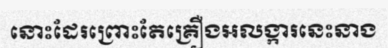
នោះដែរព្រោះតែគ្រឿងអលង្ការនេះនាង